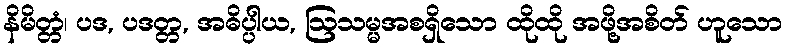
နိမိတ္တံ၊ ပဒ, ပဒတ္တ, အဓိပ္ပါယ, ဩသမ္မအစရှိသော ထိုထို အဖို့အစိတ် ဟူသော